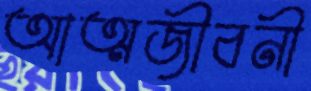
আত্মজীবনী